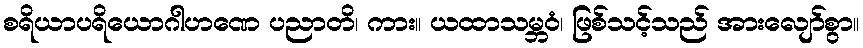
စရိယာပရိယောဂါဟဏေ ပညာတိ၊ ကား။ ယထာသမ္ဘဝံ၊ ဖြစ်သင့်သည် အားလျော်စွာ။